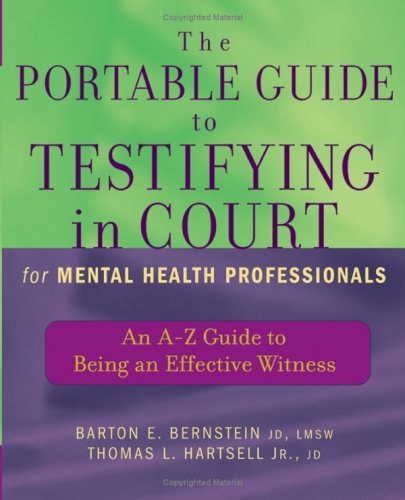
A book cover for The Portable Guide to Testifying in Court for Mental Health Professionals: An A-Z Guide to Being an Effective Witness; Barton E. Bernstein JD  LMSW; Law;